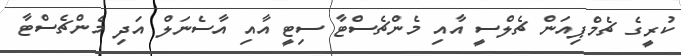
ކުރީގެ ޗެމްޕިއަން ޗެލްސީ އާއި މެންޗެސްޓާ ސިޓީ އާއި އާސެނަލް އަދި މެންޗެސްޓާ